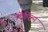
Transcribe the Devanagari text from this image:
कॅफिन